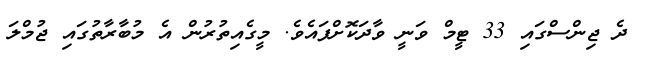
ދެ ޖިންސްގައި 33 ޓީމް ވަނީ ވާދަކޮށްފައެވެ. މީގެއިތުރުން އެ މުބާރާތުގައި ޖުމްލަ